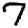
Digit: 7